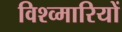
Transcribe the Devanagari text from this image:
विश्व्मारियों